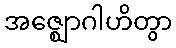
အဇ္ဈောဂါဟိတွာ